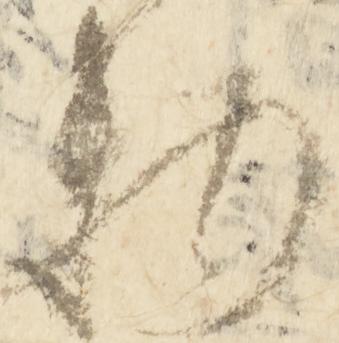
物